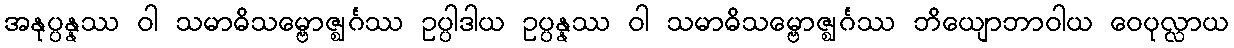
အနုပ္ပန္နဿ ဝါ သမာဓိသမ္ဗောဇ္ဈင်္ဂဿ ဥပ္ပါဒါယ ဥပ္ပန္နဿ ဝါ သမာဓိသမ္ဗောဇ္ဈင်္ဂဿ ဘိယျောဘာဝါယ ဝေပုလ္လာယ